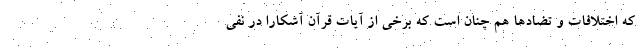
که اختلافات و تضادها هم چنان است که برخی از آیات قرآن آشکارا در نفی